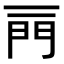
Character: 𨳌